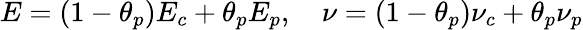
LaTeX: E=(1-\theta_{p})E_{c}+\theta_{p}E_{p},\quad\nu=(1-\theta_{p})\nu_{c}+\theta_{p}\nu_{p}